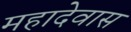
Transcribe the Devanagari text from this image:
महादेवास